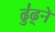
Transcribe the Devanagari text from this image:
ढु॑ढ्ने